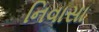
નિવાસા